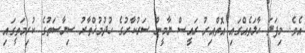
އެވެ. މިފަދަ ހާލަތެއްގައި އޮތްއިރު ރައީސް ޔާމީން ސަރުކާރުގެ ހުދުމުޚްތާރު ސިޔާސަތުގެ ކުރިމަތީގައި